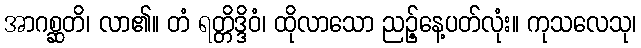
အာဂစ္ဆတိ၊ လာ၏။ တံ ရတ္တိဒ္ဒိဝံ၊ ထိုလာသော ညဉ့်နေ့ပတ်လုံး။ ကုသလေသု၊